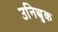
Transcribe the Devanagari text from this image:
उनिच्चुक